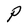
Character: P